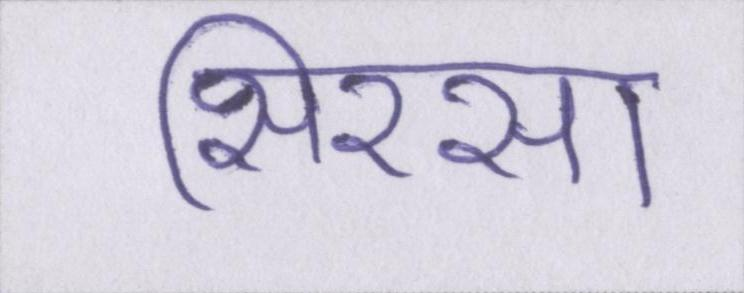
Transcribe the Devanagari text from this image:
सिरसा